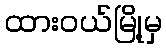
ထားဝယ်မြို့မှ